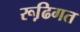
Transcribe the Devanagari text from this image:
रूढि़गत